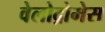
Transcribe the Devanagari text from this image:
वेलोद्रोमेस